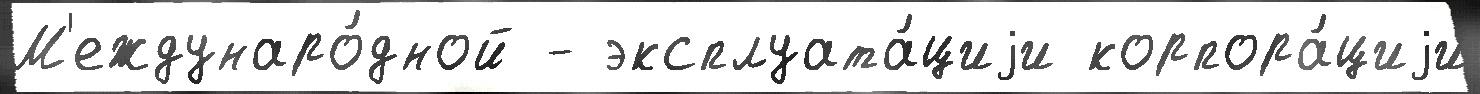
М'еждунаро́дной - эксплуата́циjи корпора́циjи